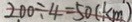
2 0 0 \div 4 = 5 0 ( k m )